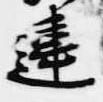
違